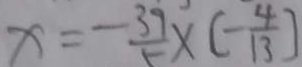
x = - \frac { 3 9 } { 5 } \times [ - \frac { 4 } { 1 3 } ]